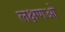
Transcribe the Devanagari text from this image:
लक्षणओ